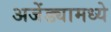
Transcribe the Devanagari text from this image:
अजेंड्यामध्ये